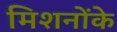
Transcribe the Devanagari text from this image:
मिशनोंके